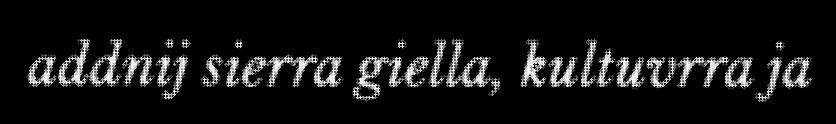
addnij sierra giella, kultuvrra ja